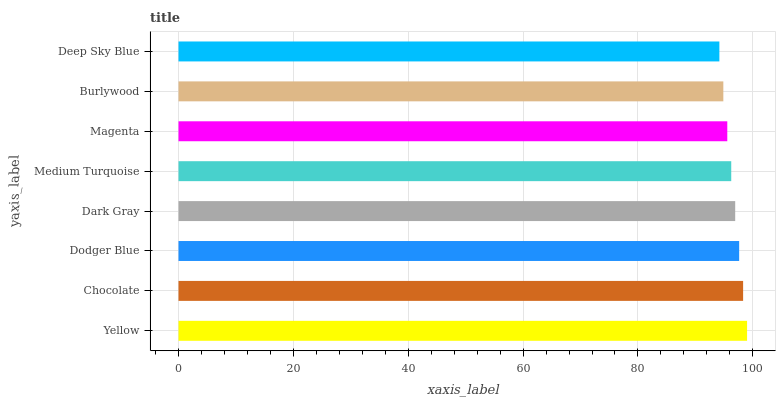
| yaxis_label | bars |
 | --- | --- |
 | Yellow | 99 |
 | Chocolate | 98.3 |
 | Dodger Blue | 97.6 |
 | Dark Gray | 96.9 |
 | Medium Turquoise | 96.2 |
 | Magenta | 95.6 |
 | Burlywood | 94.9 |
 | Deep Sky Blue | 94.2 |